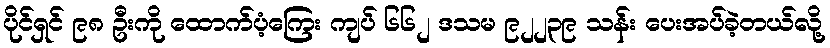
ပိုင်ရှင် ၉၈ ဦးကို ထောက်ပံ့ကြေး ကျပ် ၆၆၂ ဒသမ ၉၂၂၃၉ သန်း ပေးအပ်ခဲ့တယ်လို့